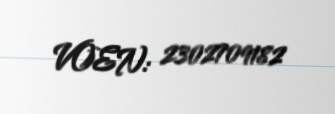
VOEN: 2302709182